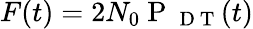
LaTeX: F(t)=2{{N}_{0}}\mathrm{~P~}_{\mathrm{~D~T~}}(t)